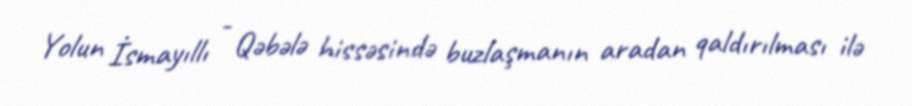
Yolun İsmayıllı - Qəbələ hissəsində buzlaşmanın aradan qaldırılması ilə